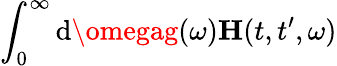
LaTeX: \int_{0}^{\infty}\mathrm{d}\omegag(\omega)\mathbf{{{H}}}(t,t^{\prime},\omega)